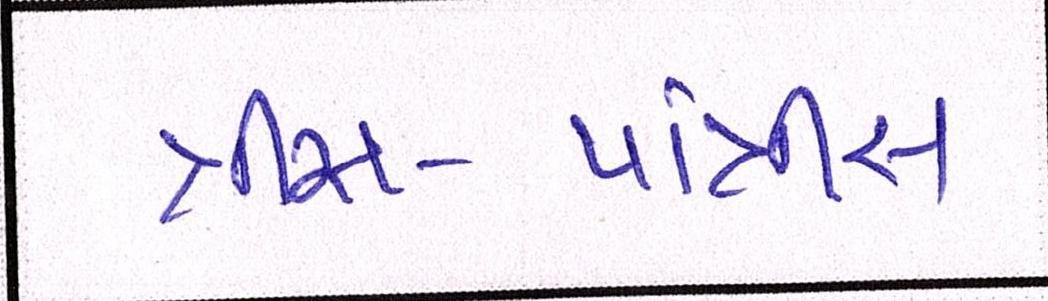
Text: ત્રીસ-પાંત્રીસ